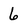
Character: 6